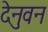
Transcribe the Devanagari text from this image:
देनुवन